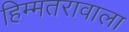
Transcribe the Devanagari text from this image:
हिम्मतरावाला